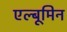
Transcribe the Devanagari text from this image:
एल्बूमिन